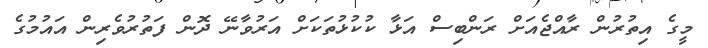
މީގެ އިތުރުން ރާއްޖެއަށް ރަންބިސް އަޅާ ކުކުޅުތަކަށް އަރުވާނޭ ދޮން ފަތުރުވެރިން އައުމުގެ